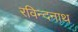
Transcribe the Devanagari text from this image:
रविन्दनाथ